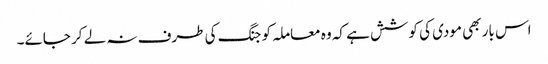
اس بار بھی مودی کی کوشش ہے کہ وہ معاملہ کو جنگ کی طرف نہ لے کر جائے۔